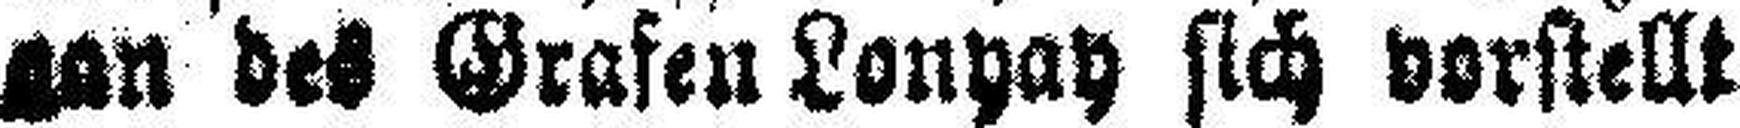
gan des Grafen Lonyay sich vorstellt.